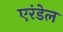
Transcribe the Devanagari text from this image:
एरंडेल